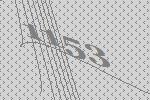
1153